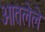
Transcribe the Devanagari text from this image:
ओतलेले